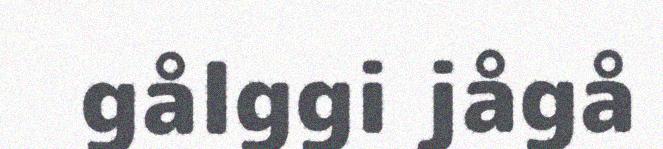
gålggi jågå